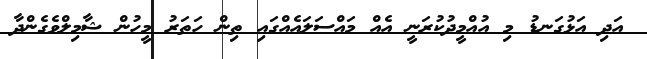
އަދި އަޅުގަނޑު މި އުއްމީދުކުރަނީ އެއް މައްސަލައެއްގައި ތިން ހަތަރު މީހުން ޝާމިލްވެގެންދާ